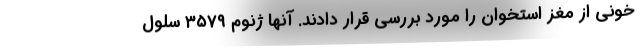
خونی از مغز استخوان را مورد بررسی قرار دادند. آنها ژنوم ۳۵۷۹ سلول